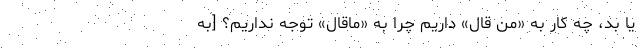
یا بد، چه کار به «‌من قال» داریم چرا به «ماقال» توجه نداریم‌؟ [به